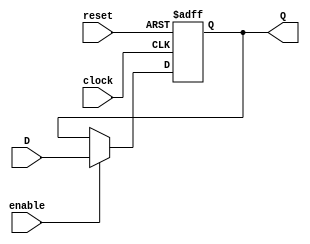
module programCounter #(parameter LENGTH = 32)(
	input clock,reset,enable,
	input [LENGTH-1:0]D,
	output reg [LENGTH-1:0]Q
	);

initial 
	begin
		Q <= 'h400000;
	end
	
always @(posedge clock, posedge reset) 
	begin
		if(reset) 
            Q <= 'h400000;
        else
			if(enable)
				Q <= D;
				else
					Q <= Q;
	end

endmodule